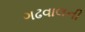
ગઢવાલની